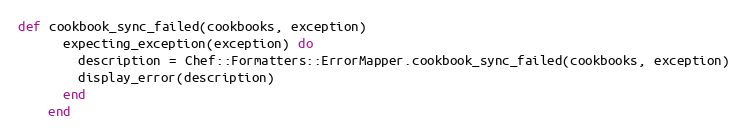
Language: Ruby
def cookbook_sync_failed(cookbooks, exception)
      expecting_exception(exception) do
        description = Chef::Formatters::ErrorMapper.cookbook_sync_failed(cookbooks, exception)
        display_error(description)
      end
    end